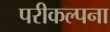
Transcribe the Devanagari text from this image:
परीकल्पना